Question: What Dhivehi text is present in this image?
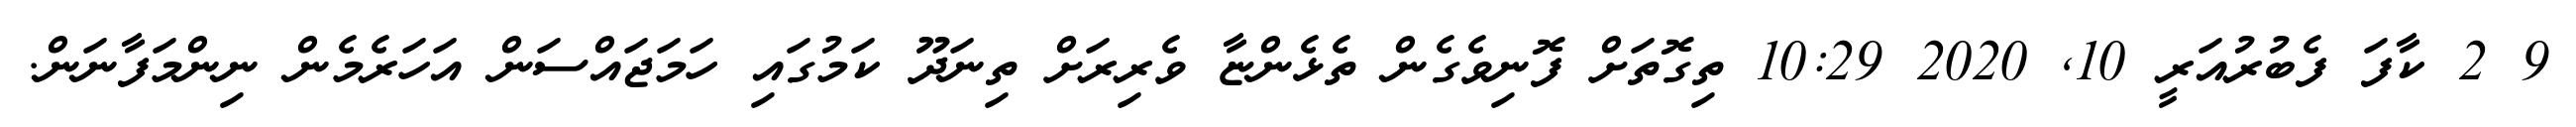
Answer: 9 2 ކާފަ ފެބުރުއަރީ 10, 2020 10:29 ތިގޮތަށް ފޮނިވެގެން ތެޅެންޏާ ވެރިރަށް ތިނަދޫ ކަމުގައި ހަމަޖައްސަން އަހަރެމެން ނިންމަފާނަން.